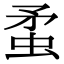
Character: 䖥